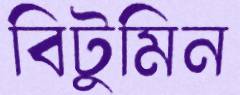
বিটুমিন